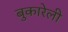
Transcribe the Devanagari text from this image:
बुकारेली